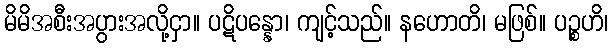
မိမိအစီးအပွားအလို့ငှာ။ ပဋိပန္နော၊ ကျင့်သည်။ နဟောတိ၊ မဖြစ်။ ပဉ္စဟိ၊